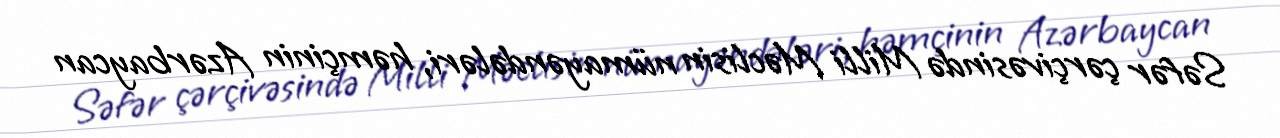
Səfər çərçivəsində Milli Məclisin nümayəndələri, həmçinin Azərbaycan